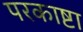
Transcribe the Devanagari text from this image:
परकाष्टा